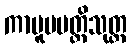
ကာမူပပတ္တိသုတ္တ